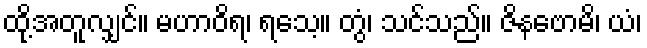
ထို့အတူလျှင်။ မဟာဝိရ၊ ရသေ့။ တွံ၊ သင်သည်။ ဇိနဗောမိ၊ ယံ၊